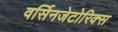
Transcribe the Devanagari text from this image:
वर्सिनजेटोरिक्स